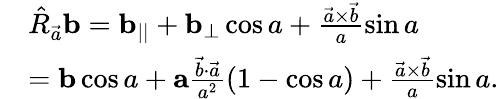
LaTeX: \begin{array}{rl}&{\hat{R}_{\vec{a}}\mathbf{b}=\mathbf{b}_{||}+\mathbf{b}_{\bot}\cos a+\frac{\vec{a}\times\vec{b}}{a}\sin a}\\ &{=\mathbf{b}\cos a+\mathbf{a}\frac{\vec{b}\cdot\vec{a}}{a^{2}}\left(1-\cos a\right)+\frac{\vec{a}\times\vec{b}}{a}\sin a.}\end{array}